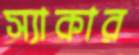
স্যাকার